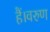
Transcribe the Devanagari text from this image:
हैं।वरुण